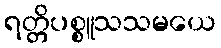
ရတ္တိပစ္စူသသမယေ